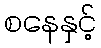
စနေနှင့်